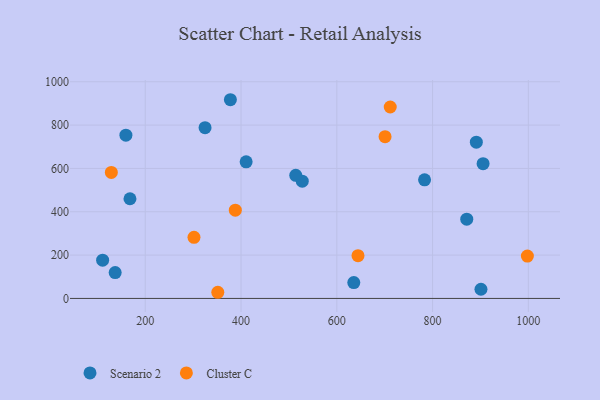
{"axis": {"x": "Investment", "y": "Yield"}, "legend": ["Cluster C", "Scenario 2"], "data": [{"x": "137.2", "y": 119.3, "type": "Scenario 2"}, {"x": "377.8", "y": 917.1, "type": "Scenario 2"}, {"x": "901.1", "y": 42.3, "type": "Scenario 2"}, {"x": "891.4", "y": 721.1, "type": "Scenario 2"}, {"x": "527.9", "y": 541.0, "type": "Scenario 2"}, {"x": "410.7", "y": 630.3, "type": "Scenario 2"}, {"x": "635.5", "y": 73.1, "type": "Scenario 2"}, {"x": "514.3", "y": 568.1, "type": "Scenario 2"}, {"x": "168.1", "y": 460.1, "type": "Scenario 2"}, {"x": "783.3", "y": 547.4, "type": "Scenario 2"}, {"x": "905.5", "y": 621.9, "type": "Scenario 2"}, {"x": "111.0", "y": 176.4, "type": "Scenario 2"}, {"x": "159.6", "y": 753.4, "type": "Scenario 2"}, {"x": "324.9", "y": 788.3, "type": "Scenario 2"}, {"x": "871.4", "y": 365.9, "type": "Scenario 2"}, {"x": "129.2", "y": 581.5, "type": "Cluster C"}, {"x": "711.6", "y": 883.5, "type": "Cluster C"}, {"x": "351.5", "y": 28.4, "type": "Cluster C"}, {"x": "301.8", "y": 282.2, "type": "Cluster C"}, {"x": "998.0", "y": 195.6, "type": "Cluster C"}, {"x": "388.1", "y": 407.3, "type": "Cluster C"}, {"x": "700.8", "y": 746.4, "type": "Cluster C"}, {"x": "644.3", "y": 197.4, "type": "Cluster C"}]}